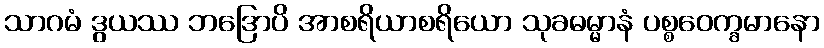
သာဂမံ ဒွယဿ ဘဒြောပိ အာစရိယာစရိယော သုခဓမ္မာနံ ပစ္စဝေက္ခမာနော